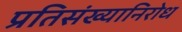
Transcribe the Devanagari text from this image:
प्रतिसंख्यानिरोध